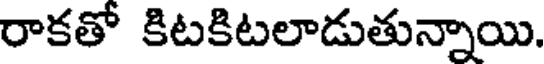
రాకతో కిటకిటలాడుతున్నాయి.